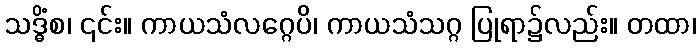
သဒ္ဓိံစ၊ ၎င်း။ ကာယသံလဂ္ဂေပိ၊ ကာယသံသဂ္ဂ ပြုရာ၌လည်း။ တထာ၊